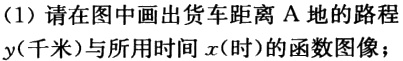
（1）请在图中画出货车距离 A 地的路程$y$(千米)与所用时间$x$(时)的函数图像；